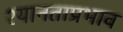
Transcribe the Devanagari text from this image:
श्यानताप्रभाव